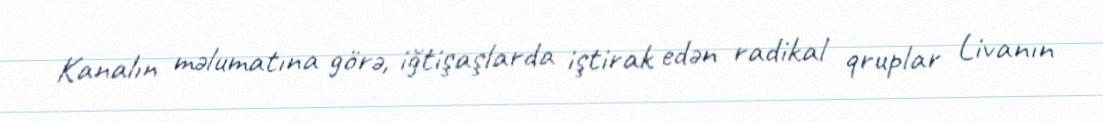
Kanalın məlumatına görə, iğtişaşlarda iştirak edən radikal qruplar Livanın